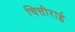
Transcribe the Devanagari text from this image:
चित्तीराई